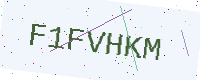
Text: F1FVHKM